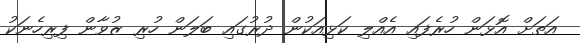
އަތަށް އޮޅަން ހުރެފައި އެއްލި ކަޅިއަކުން ދުރުގައި ބަލަން ހުރި ޒުވާން ފިރިހެނަކު